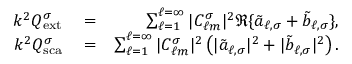
\begin{array} { r l r } { k ^ { 2 } Q _ { \mathrm { { e x t } } } ^ { \sigma } } & { { } = } & { \sum _ { \ell = 1 } ^ { \ell = \infty } | C _ { \ell m } ^ { \sigma } | ^ { 2 } \Re \{ \tilde { a } _ { \ell , \sigma } + \tilde { b } _ { \ell , \sigma } \} , } \\ { k ^ { 2 } Q _ { \mathrm { { s c a } } } ^ { \sigma } } & { { } = } & { \sum _ { \ell = 1 } ^ { \ell = \infty } | C _ { \ell m } ^ { \sigma } | ^ { 2 } \left( | \tilde { a } _ { \ell , \sigma } | ^ { 2 } + | \tilde { b } _ { \ell , \sigma } | ^ { 2 } \right) . } \end{array}